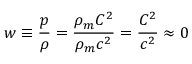
w \equiv { \frac { p } { \rho } } = { \frac { \rho _ { m } C ^ { 2 } } { \rho _ { m } c ^ { 2 } } } = { \frac { C ^ { 2 } } { c ^ { 2 } } } \approx 0